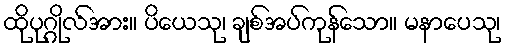
ထိုပုဂ္ဂိုလ်အား။ ပိယေသု၊ ချစ်အပ်ကုန်သော။ မနာပေသု၊